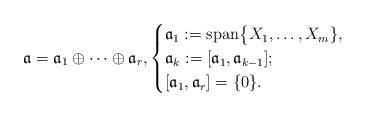
LaTeX: \begin{align*} \mathfrak{a} = \mathfrak{a}_1\oplus\cdots\oplus\mathfrak{a}_{r}, \begin{cases} \mathfrak{a}_1 := \mathrm{span}\big\{X_1,\ldots,X_m\}, \\ \mathfrak{a}_k := [\mathfrak{a}_1,\mathfrak{a}_{k-1}]; \\ [\mathfrak{a}_1,\mathfrak{a}_{r}] = \{0\}. \end{cases} \end{align*}